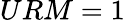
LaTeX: URM=1